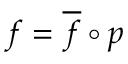
f = { \overline { { f } } } \circ p